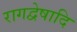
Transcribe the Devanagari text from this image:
रागद्वेषादि